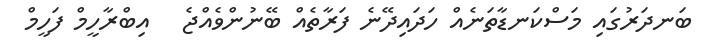
ބަނދަރުގައި މަސްކަނޑާތަނެއް ހަދައިދޭނެ ފަރާތެއް ބޭނުންވެއްޖެ   އިބްރާހީމް ފަހީމް